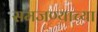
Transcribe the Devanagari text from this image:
समजण्याच्या